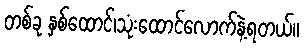
တစ်ခု နှစ်ထောင်၊သုံးထောင်လောက်နဲ့ရတယ်။